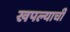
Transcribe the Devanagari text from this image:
खपल्याची